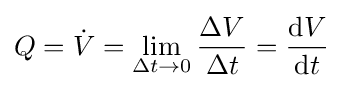
Q={\dot {V}}=\lim \limits _{\Delta t\rightarrow 0}{\frac {\Delta V}{\Delta t}}={\frac {\mathrm {d} V}{\mathrm {d} t}}